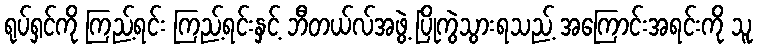
ရုပ်ရှင်ကို ကြည့်ရင်း ကြည့်ရင်းနှင့် ဘီတယ်လ်အဖွဲ့ ပြိုကွဲသွားရသည့် အကြောင်းအရင်းကို သူ